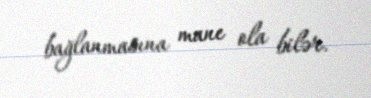
bağlanmasına mane ola bilər.